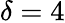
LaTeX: \delta=4